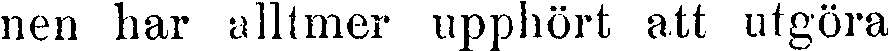
nen har alltmer upphört att utgöra